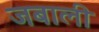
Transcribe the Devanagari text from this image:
जबाली